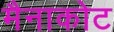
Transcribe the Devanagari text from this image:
मैनाकोट